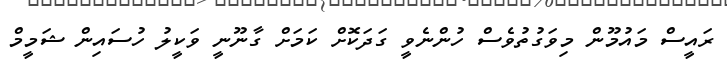
ރައީސް މައުމޫން މިވަގުތުވެސް ހުންނެވީ ގަދަކޮށް ކަމަށް ގާނޫނީ ވަކީލު ހުސައިން ޝަމީމް